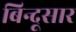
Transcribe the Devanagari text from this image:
बिन्दूसार